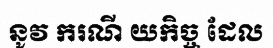
នូវ ករណី យកិច្ច ដែល